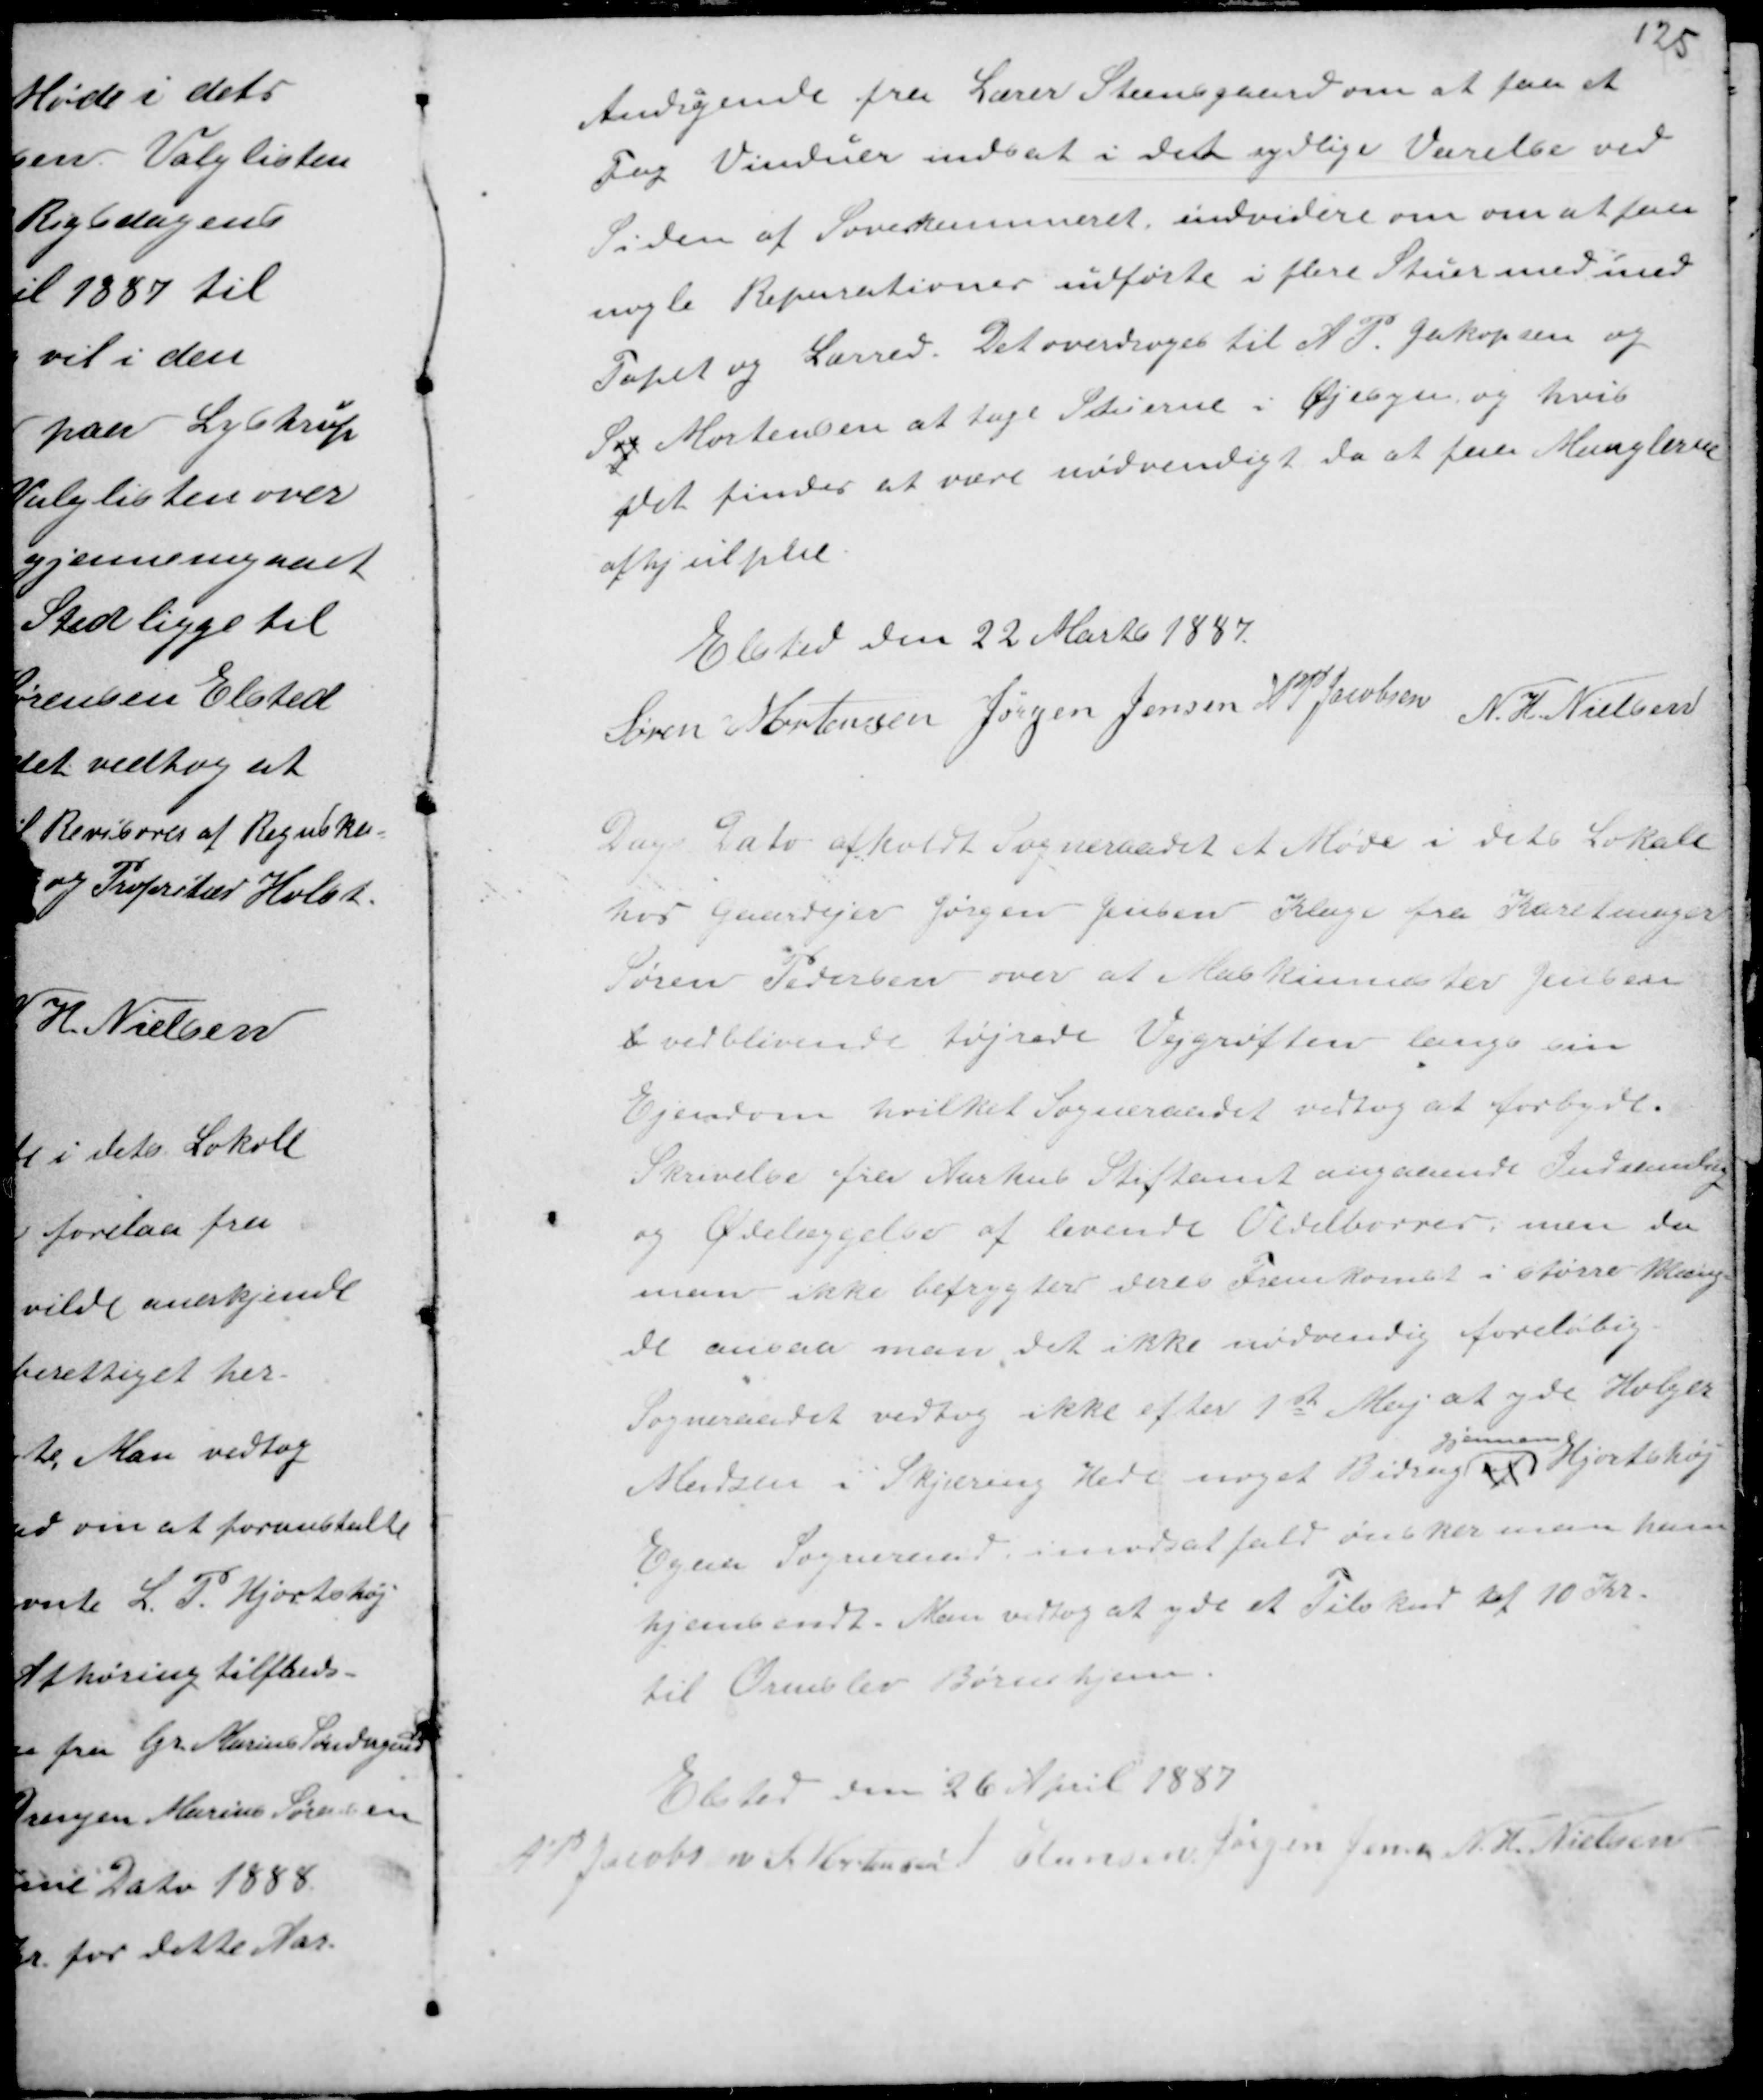
Transskription:
Andragende fra Lærer Steensgaard om at faa et
Fag Vinduer indsat i det sydlige Værelse ved
Siden af Sovekammeret endvidere om om at faa
nogle Reparationer udførte i flere Stuer med med
Tapet og Lærred. Det overdroges til A P. Jacobsen og
S og Mortensen at tage Stuerne i Øjesyn og hvis
det findes at være nødvendig da at faa Manglerne
afhjulpne.

Elsted den 22 Marts 1887.
Søren Mortensen Jørgen Jensen A P Jacobsen N. H Nielsen

Dags Dato afholdt Sogneraadet et Møde i dets Lokale
hos Gaardejer Jørgen Jensen Klage fra Karetmager
Søren Pedersen over at Maskinmester Jensen
b vedblivende tøjrede Vejgrøften langs sin
Ejendom hvilket Sogneraadet vedtog at forbyde.
Skrivelse fra Aarhus Stiftamt angaaende Indsamling
og Ødelæggelse af levende Oldenborrer, men da
man ikke befrygter deres Fremkomst i større Mæng-
de ansaa man det ikke nødvendig foreløbig.
Sogneraadet vedtog ikke efter 1 Maj at yde Holger
Madsen i Skjæring Hede noget Bidrag
gjennem
xx Hjortshøj
Egaa Sogneraad, imodsat fald ønsker man ham
hjemsendt. Man vedtog at yde et Tilskud af 10 Kr.
til Ormslev Børnehjem.

Elsted den 26 April 1887
A P Jacobsen
S Mortensen A Hansen Jørgen Jensen N. H. Nielsen